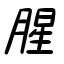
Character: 腥